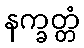
နက္ခတ္တံ